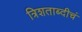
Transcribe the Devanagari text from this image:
त्रिशताब्दीचं